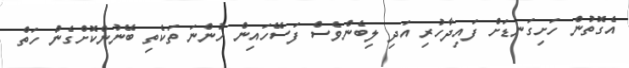
އެގޮތުން ހަށިގަނޑަށް ފައިދާހުރި އަދި ލިބެންވެސް ފަސޭހައިން ހުންނަ ތަކެތި ބޭނުންކޮށްގެން ހަތް